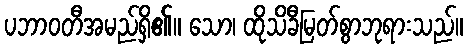
ပဘာဝတီအမည်ရှိ၏။ သော၊ ထိုသိခီမြတ်စွာဘုရားသည်။